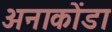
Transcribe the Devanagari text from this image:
अनाकोंडा